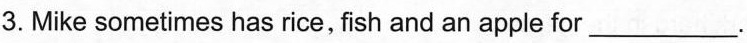
3. Mike sometimes has rice,fish and an apple for ___.